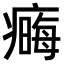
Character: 𤹾